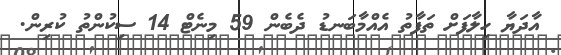
އާދަޔާ ހިލާފަށް ތަފާތު އެއްމާބަނޑު ދެބެން 59 މިނެޓް 14 ސިކުންތު ކުރިން.